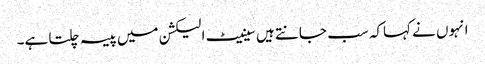
انہوں نے کہاکہ سب جانتے ہیں سینیٹ الیکشن میں پیسہ چلتا ہے۔